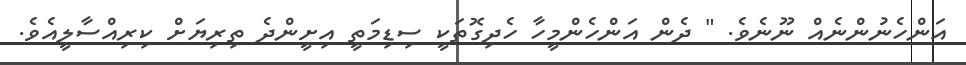
އަންހެނުންނެއް ނޫނެވެ. " ދެން އަންހެންމީހާ ހެދިގޮތަކީ ސިޑިމަތީ އިށީންދެ ތިރިޔަށް ކިރިއްސާލީއެވެ.